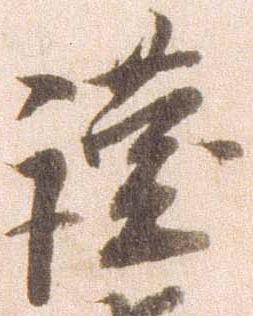
謹